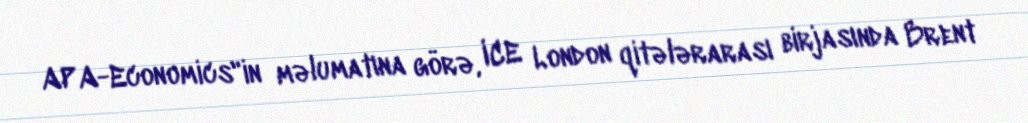
APA-Economics"in məlumatına görə, ICE London qitələrarası birjasında Brent